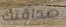
صداقتك